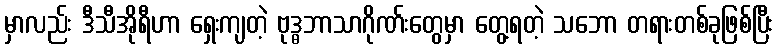
မှာလည်း ဒီသီအိုရီဟာ ရှေးကျတဲ့ ဗုဒ္ဓဘာသာဂိုဏ်းတွေမှာ တွေ့ရတဲ့ သဘော တရားတစ်ခုဖြစ်ပြီး